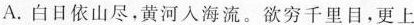
A.白日依山尽，黄河入海流。欲穷千里目，更上